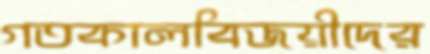
গতকালবিজয়ীদের